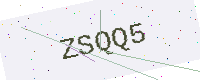
Text: ZSQQ5